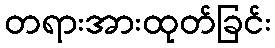
တရားအားထုတ်ခြင်း